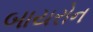
બાયરોન